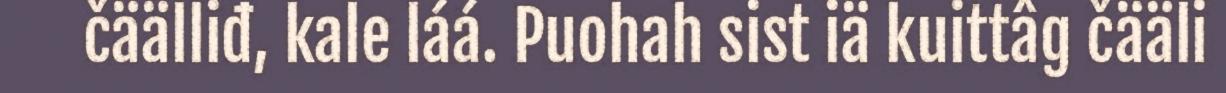
čäälliđ, kale láá. Puohah sist iä kuittâg čääli